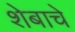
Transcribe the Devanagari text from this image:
शेबाचे